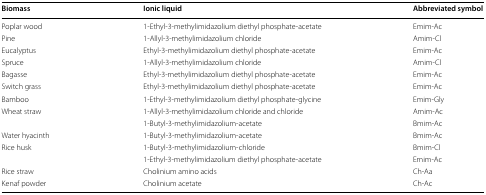
<table><thead><tr><td><b>Biomass</b></td><td><b>Ionic liquid</b></td><td><b>Abbreviated symbol</b></td></tr></thead><tbody><tr><td>Poplar wood</td><td>1-Ethyl-3-methylimidazolium diethyl phosphate-acetate</td><td>Emim-Ac</td></tr><tr><td>Pine</td><td>1-Allyl-3-methylimidazolium chloride</td><td>Amim-Cl</td></tr><tr><td>Eucalyptus</td><td>Ethyl-3-methylimidazolium diethyl phosphate-acetate</td><td>Emim-Ac</td></tr><tr><td>Spruce</td><td>1-Allyl-3-methylimidazolium chloride</td><td>Amim-Cl</td></tr><tr><td>Bagasse</td><td>Ethyl-3-methylimidazolium diethyl phosphate-acetate</td><td>Emim-Ac</td></tr><tr><td>Switch grass</td><td>Ethyl-3-methylimidazolium diethyl phosphate-acetate</td><td>Emim-Ac</td></tr><tr><td>Bamboo</td><td>1-Ethyl-3-methylimidazolium diethyl phosphate-glycine</td><td>Emim-Gly</td></tr><tr><td rowspan="2">Wheat straw</td><td>1-Allyl-3-methylimidazolium chloride and chloride</td><td>Amim-Ac</td></tr><tr><td>1-Butyl-3-methylimidazolium-acetate</td><td>Bmim-Ac</td></tr><tr><td>Water hyacinth</td><td>1-Butyl-3-methylimidazolium-acetate</td><td>Bmim-Ac</td></tr><tr><td rowspan="2">Rice husk</td><td>1-Butyl-3-methylimidazolium-chloride</td><td>Bmim-Cl</td></tr><tr><td>1-Ethyl-3-methylimidazolium diethyl phosphate-acetate</td><td>Emim-Ac</td></tr><tr><td>Rice straw</td><td>Cholinium amino acids</td><td>Ch-Aa</td></tr><tr><td>Kenaf powder</td><td>Cholinium acetate</td><td>Ch-Ac</td></tr></tbody></table>